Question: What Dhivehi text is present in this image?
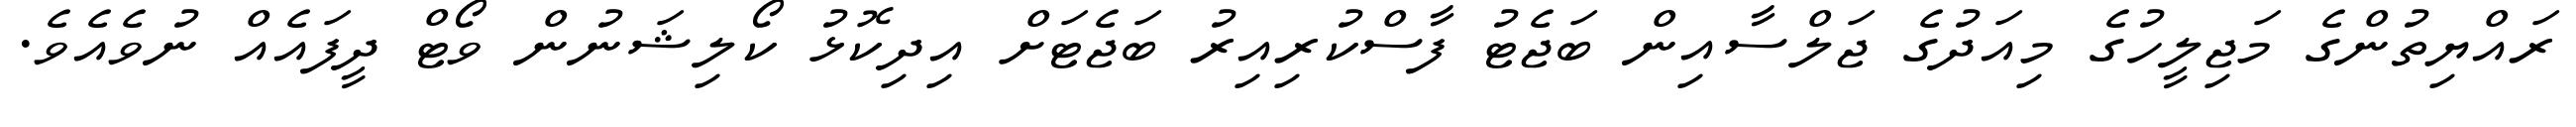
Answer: ރައްޔިތުންގެ މަޖިލީހުގެ މިއަދުގެ ޖަލްސާއިން ބަޖެޓު ފާސްކުރިއިރު ބަޖެޓަށް އިދިކޮޅު ކޯލިޝަނުން ވޯޓް ދީފައެއް ނުވެއެވެ.